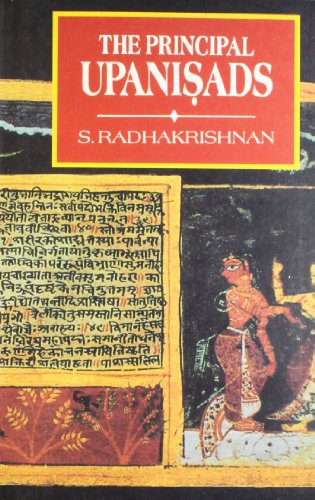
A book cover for The Principal Upanishads: Edited with Introduction, Text, Translation and Notes; S. Radhakrishnan; Religion & Spirituality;